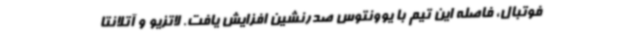
فوتبال، فاصله این تیم با یوونتوس صدرنشین افزایش یافت. لاتزیو و آتلانتا